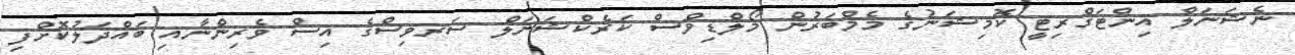
ނެޝަނަލް އިންޓަގްރިޓީ ކޮމިޝަނުގެ މެމްބަރުން މޯލްޑިވްސް ކަރެކްޝަނަލް ސަރވިސްގެ އިސް ވެރިންނާއި ބައްދަލުކޮށްފި